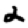
Digit: 2